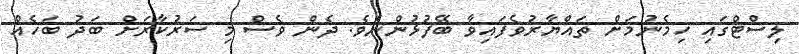
ލިސްޓްގައި ހިމެނުމަށް ތައްޔާރުވެފައިވާ ބޭފުޅުންނެވެ. ދެން ވެސް މި ސަރުކާރަށް ބަދު ބަހެއް